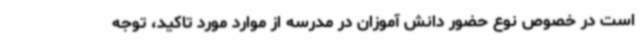
است در خصوص نوع حضور دانش آموزان در مدرسه از موارد مورد تاکید، توجه